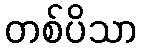
တစ်ပိသာ